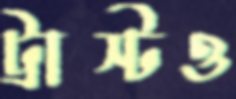
ট্রাস্টও